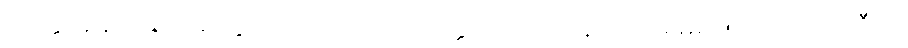
အတ္တာနံ ဥပသံဟရိတွာ တေသံ ဝိယ သတ္တဝိသေသာနံ မယှမ္ပိ မရဏံ ဘဝိဿတီတိ